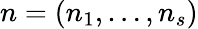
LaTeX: n=(n_{1},\dots,n_{s})